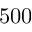
5 0 0